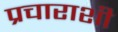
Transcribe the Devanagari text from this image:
प्रचाराशी